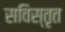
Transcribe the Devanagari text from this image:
सविस्तृत